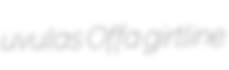
uvulas Offa girtline